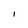
Character: I